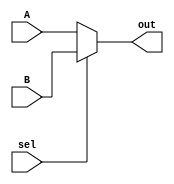
module mux_21 #(parameter W=32) (
	input [W-1:0] A,
	input [W-1:0] B,
	input sel,

	output [W-1:0] out
);

assign out = sel ? B : A;

endmodule